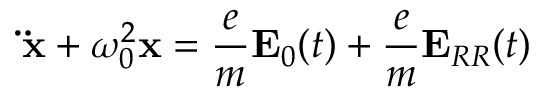
\mathbf { \ddot { x } } + \omega _ { 0 } ^ { 2 } \mathbf { x } = { \frac { e } { m } } \mathbf { E } _ { 0 } ( t ) + { \frac { e } { m } } \mathbf { E } _ { R R } ( t )